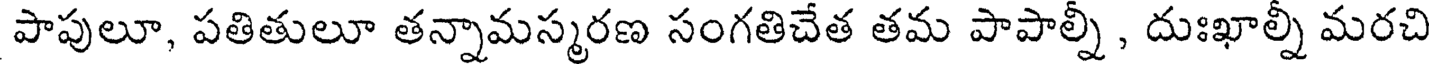
పాపులూ, పతితులూ తన్నామస్మరణ సంగతిచేత తమ పాపాల్నీ , దుఃఖాల్నీ మరచి